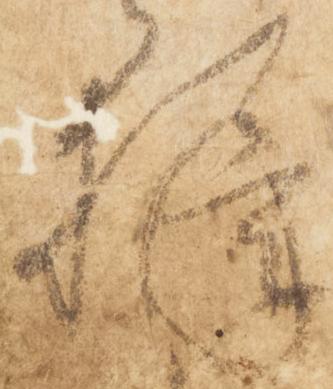
様